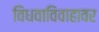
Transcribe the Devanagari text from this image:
विधवाविवाहावर